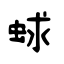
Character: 蛷